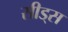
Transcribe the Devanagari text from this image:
सीड्‌स